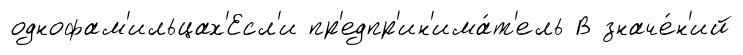
однофам'ильцах'Есл'и пр'едпр'ин'има́т'ель В значе́н'ий